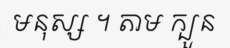
មនុស្ស ។ តាម ក្បួន